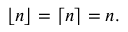
\lfloor n \rfloor = \lceil n \rceil = n .